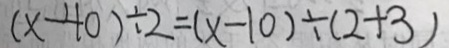
( x - 4 0 ) \div 2 = ( x - 1 0 ) \div ( 2 + 3 )